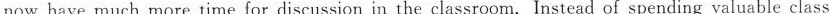
now have much more time for discussion in the classroom. Instead of spending valuable class